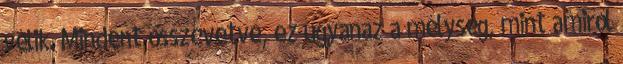
vélik. Mindent összevetve, ez ugyanaz a mélység, mint amiről